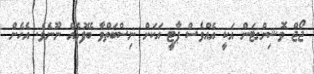
ޖޯޖް ވޮޝިންގޓަން އަކީ އެއްވެސް ޕާޓީ އަކަށް ނިސްބަތްވާ ބޭފުޅެއް ނޫނެވެ. އެހެން